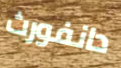
دانفورث